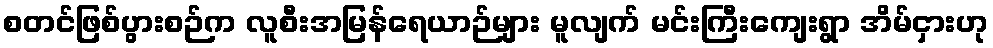
စတင်ဖြစ်ပွားစဉ်က လူစီးအမြန်ရေယာဉ်များ မူလျက် မင်းကြီးကျေးရွာ အိမ်ငှားဟု